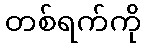
တစ်ရက်ကို